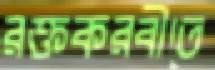
রক্তকরবীতে